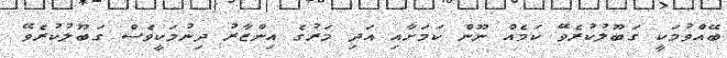
ބޭއްވުމަކީ ގަބޫލުކުރެވޭ ކަމެއް ނޫން ކަމަށާއި އަދި މަރުގެ އިންޒާރު ދިނުމަކީވެސް ގަބޫލުކުރެވޭ